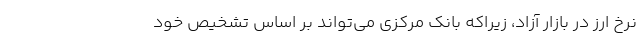
نرخ ارز در بازار آزاد، زیراکه بانک مرکزی می‌تواند بر اساس تشخیص خود